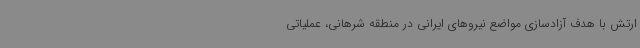
ارتش با هدف آزادسازی مواضع نیروهای ایرانی در منطقه شرهانی، عملیاتی